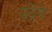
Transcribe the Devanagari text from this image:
उदेगे